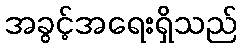
အခွင့်အရေးရှိသည်